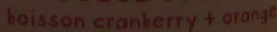
boisson cranberry + orange